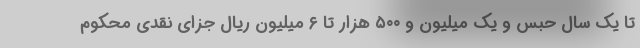
تا یک سال حبس و یک میلیون و ۵۰۰ هزار تا ۶ میلیون ریال جزای نقدی محکوم